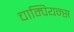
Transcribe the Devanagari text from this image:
चाम्पियन्स